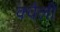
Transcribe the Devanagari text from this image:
क्वैली